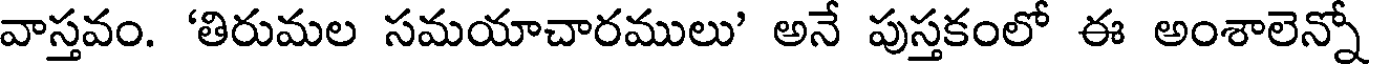
వాస్తవం. 'తిరుమల సమయాచారములు' అనే పుస్తకంలో ఈ అంశాలెన్నో